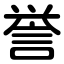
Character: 誉